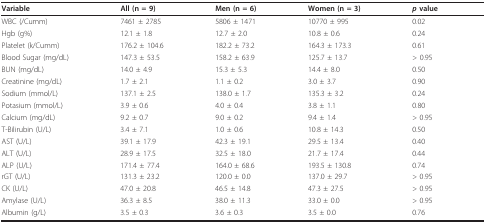
<table><thead><tr><td><b>Variable</b></td><td><b>All (n = 9)</b></td><td><b>Men (n = 6)</b></td><td><b>Women (n = 3)</b></td><td><b><i>p </i>value</b></td></tr></thead><tbody><tr><td>WBC (/Cumm)</td><td>7461 ± 2785</td><td>5806 ± 1471</td><td>10770 ± 995</td><td>0.02</td></tr><tr><td>Hgb (g%)</td><td>12.1 ± 1.8</td><td>12.7 ± 2.0</td><td>10.8 ± 0.6</td><td>0.24</td></tr><tr><td>Platelet (k/Cumm)</td><td>176.2 ± 104.6</td><td>182.2 ± 73.2</td><td>164.3 ± 173.3</td><td>0.61</td></tr><tr><td>Blood Sugar (mg/dL)</td><td>147.3 ± 53.5</td><td>158.2 ± 63.9</td><td>125.7 ± 13.7</td><td>&gt; 0.95</td></tr><tr><td>BUN (mg/dL)</td><td>14.0 ± 4.9</td><td>15.3 ± 5.3</td><td>14.4 ± 8.0</td><td>0.50</td></tr><tr><td>Creatinine (mg/dL)</td><td>1.7 ± 2.1</td><td>1.1 ± 0.2</td><td>3.0 ± 3.7</td><td>0.90</td></tr><tr><td>Sodium (mmol/L)</td><td>137.1 ± 2.5</td><td>138.0 ± 1.7</td><td>135.3 ± 3.2</td><td>0.24</td></tr><tr><td>Potasium (mmol/L)</td><td>3.9 ± 0.6</td><td>4.0 ± 0.4</td><td>3.8 ± 1.1</td><td>0.80</td></tr><tr><td>Calcium (mg/dL)</td><td>9.2 ± 0.7</td><td>9.0 ± 0.2</td><td>9.4 ± 1.4</td><td>&gt; 0.95</td></tr><tr><td>T-Bilirubin (U/L)</td><td>3.4 ± 7.1</td><td>1.0 ± 0.6</td><td>10.8 ± 14.3</td><td>0.50</td></tr><tr><td>AST (U/L)</td><td>39.1 ± 17.9</td><td>42.3 ± 19.1</td><td>29.5 ± 13.4</td><td>0.40</td></tr><tr><td>ALT (U/L)</td><td>28.9 ± 17.5</td><td>32.5 ± 18.0</td><td>21.7 ± 17.4</td><td>0.44</td></tr><tr><td>ALP (U/L)</td><td>171.4 ± 77.4</td><td>164.0 ± 68.6</td><td>193.5 ± 130.8</td><td>0.74</td></tr><tr><td>rGT (U/L)</td><td>131.3 ± 23.2</td><td>120.0 ± 0.0</td><td>137.0 ± 29.7</td><td>&gt; 0.95</td></tr><tr><td>CK (U/L)</td><td>47.0 ± 20.8</td><td>46.5 ± 14.8</td><td>47.3 ± 27.5</td><td>&gt; 0.95</td></tr><tr><td>Amylase (U/L)</td><td>36.3 ± 8.5</td><td>38.0 ± 11.3</td><td>33.0 ± 0.0</td><td>&gt; 0.95</td></tr><tr><td>Albumin (g/L)</td><td>3.5 ± 0.3</td><td>3.6 ± 0.3</td><td>3.5 ± 0.0</td><td>0.76</td></tr></tbody></table>